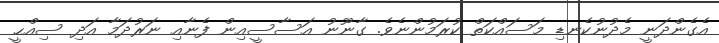
އެގެންދަނީ މެދުނުކެނޑި މަސައްކަތް ކުރަމުންނެވެ. ގާނޫނު އަސާސީއިން ފެނާއި ނަރުދަމާ އަދި ސިއްޙީ